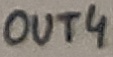
Text: OUT4